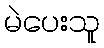
မဲပေးသူ